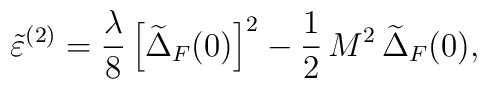
\tilde\varepsilon^{(2)}=\frac{\lambda}{8}\left[\widetilde{\Delta}_{F}(0)\right]^2-\frac{1}{2}\,M^2\,\widetilde{\Delta}_{F}(0),